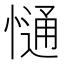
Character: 𢠆